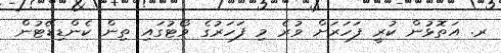
ރ. އަތޮޅުން ކުރީ ފަހަރަށް ވުރެ މި ފަހަރުގެ ވޯޓުގައި ތިން ކެންޑިޑޭޓުން